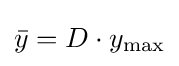
{\bar {y}}=D\cdot y_{\text{max}}